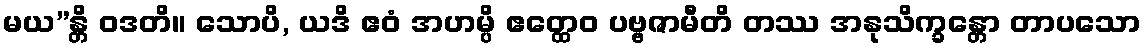
မယ”န္တိ ဝဒတိ။ သောပိ, ယဒိ ဧဝံ အဟမ္ပိ ဧတ္ထေဝ ပဗ္ဗဇာမီတိ တဿ အနုသိက္ခန္တော တာပသော